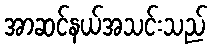
အာဆင်နယ်အသင်းသည်